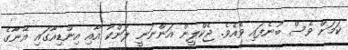
ކަމަށް ވެސް ބުނެފައި ވެއެވެ. ޖެކްލީން އަންނަނީ ލަންކާ އާއި އިންޑިއާގައި އޭނާގެ